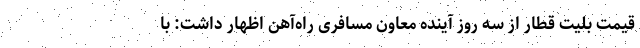
قیمت بلیت قطار از سه روز آینده معاون مسافری راه‌آهن اظهار داشت: با